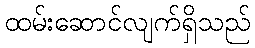
ထမ်းဆောင်လျက်ရှိသည်